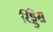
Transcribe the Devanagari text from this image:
रिड्डेंस